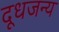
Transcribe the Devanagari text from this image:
दूधजन्य